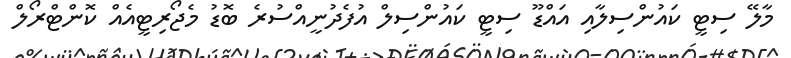
މާލޭ ސިޓީ ކައުންސިލާއި އައްޑޫ ސިޓީ ކައުންސިލް އުފެދުނީއްސުރެ ބޮޑު މެޖޯރިޓީއެއް ކޮންޓްރޯލް